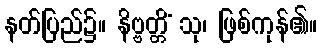
နတ်ပြည်၌။ နိဗ္ဗတ္တိံ သု၊ ဖြစ်ကုန်၏။